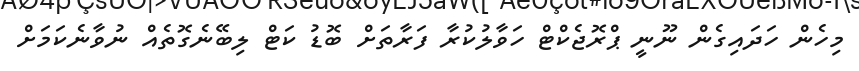
މިހެން ހަދައިގެން ނޫނީ ޕްރޮޖެކްޓް ހަވާލުކުރާ ފަރާތަށް ބޮޑު ކަޓް ލިބޭނެގޮތެއް ނުވާނެކަމަށް